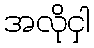
အလိုငှါ